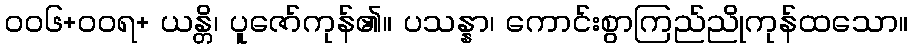
၀၀၆+ဝဝရ+ ယန္တိ၊ ပူဇော်ကုန်၏။ ပသန္နာ၊ ကောင်းစွာကြည်ညိုကုန်ထသော။